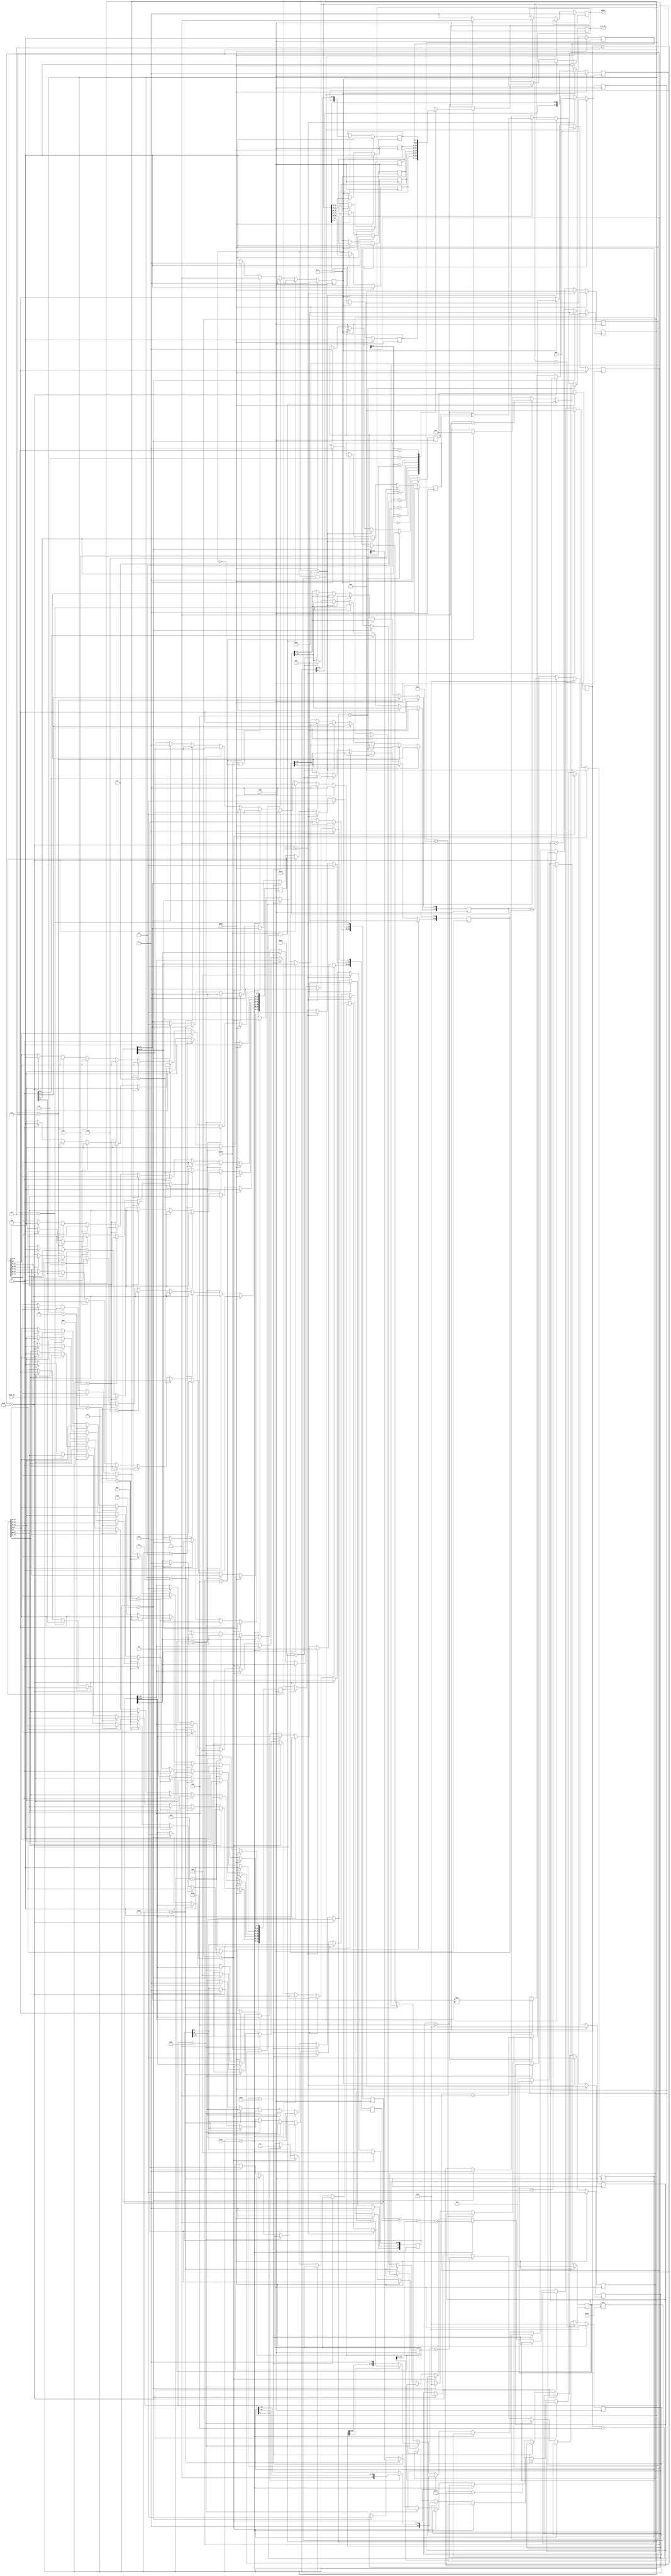
//------------------------------------------------------//
//- Digital IC Design 2021                              //
//-                                                     //
//- Final Project: FP_MUL                               //
//------------------------------------------------------//
`timescale 1ns/10ps

//cadence translate_off
//cadence translate_on

module FP_MUL(CLK, RESET, ENABLE, DATA_IN, DATA_OUT, READY);

//Parameter
parameter n_stage=22;
parameter fp_latency=46;//fp_latency= 2*n_stage -1 + 3(operate Z_frac_final times)
// I/O Ports
input         CLK; //clock signal
input         RESET; //sync. RESET=1
input         ENABLE; //input data sequence when ENABLE =1
input   [7:0] DATA_IN; //input data sequence
output  [7:0] DATA_OUT; //ouput data sequence
output        READY; //output data is READY when READY=1

reg           READY;
reg     [4:0] counter_in;
reg           in_data_rdy;
reg     [7:0] output_Z [0:7];
reg     [7:0] DATA_OUT;
reg     [3:0] counter_out;
reg		[6:0] counter_self;
reg 	 	  A_sign,B_sign,Z_sign;
reg		[10:0]A_expo,B_expo;
reg		[11:0]AB_expo,Z_expo;
reg		[51:0]A_frac,B_frac;
reg		[54:0]A_frac_temp,B_frac_temp;
wire	[103:0]mult_AB_frac;
reg  	[103:0]AB_frac_temp; //
reg  	[54:0]AB_frac;//
reg		[54:0]one_temp;
reg		[54:0]Z_frac;
reg		[54:0]Z_frac_norm1;
reg 	[54:0]Z_frac_norm1_temp;
reg		[51:0]Z_frac_final;
reg    	[1:0]carry;

integer       fp_count;
integer       i;

//CW_mult_n_stage #(52, 52, n_stage) u1 ( .A(A_frac), .B(B_frac), .TC(1'd0), .CLK (CLK), .Z(mult_AB_frac));

//Latch input data sequence
always@(posedge CLK)
begin
	if(RESET) begin
    	counter_in <= 0;
 	end 
	else if (ENABLE && (counter_in < 5'd8) ) begin
    	counter_in <= counter_in + 1'b1;  
 	end 
	else if (ENABLE && (counter_in < 5'd15) ) begin
    	counter_in <= counter_in + 1'b1;
 	end 
	else if (counter_out == 4'd8) begin //When output is completed, in_data_rdy=0;
     	counter_in <= 0;     
	end
end

always@(posedge CLK)
begin
	if(RESET)
		counter_self <= 7'd0;
	else if(counter_self == (26 + fp_latency))
		counter_self <= 7'd0;
	else
		counter_self <= counter_self + 7'd1;
end

always@(posedge CLK)
begin
	if(RESET)begin
		A_sign <= 1'd0;
		B_sign <= 1'd0;
		Z_sign <= 1'd0;
	end else if(counter_self == 8) begin
		A_sign <= DATA_IN[7];
	end else if(counter_self == 16) begin
		B_sign <= DATA_IN[7];
	end else if(counter_self == 17) begin
		Z_sign <= A_sign ^ B_sign;
	end else if(counter_self == (26 + fp_latency))begin
		A_sign <= 1'd0;
		B_sign <= 1'd0;
		Z_sign <= 1'd0;
	end else begin
		A_sign <= A_sign;
		B_sign <= B_sign;
		Z_sign <= Z_sign;
	end
end

always@(posedge CLK)
begin
	if(RESET)begin
		A_expo <= 11'd0;
		B_expo <= 11'd0;
	end else if(counter_self == 7) begin
		A_expo[3:0] <= DATA_IN[7:4];
	end else if(counter_self == 8) begin
		A_expo[10:4] <= DATA_IN[6:0];
	end else if(counter_self == 15) begin
		B_expo[3:0] <= DATA_IN[7:4];
	end else if(counter_self == 16) begin
		B_expo[10:4] <= DATA_IN[6:0];
	end else if(counter_self == (17 + fp_latency))begin
		A_expo <= 11'd0;
		B_expo <= 11'd0;
	end else begin
		A_expo <= A_expo;
		B_expo <= B_expo;
	end
end	

always@(posedge CLK)
begin
	if(RESET)begin
		AB_expo <= 12'd0;
		Z_expo  <= 12'd0;
	end else if(counter_self < 16 ) begin
		AB_expo <= 12'd0;
		Z_expo  <= 12'd0;
	end else if(counter_self == (15 + n_stage + n_stage)) begin
		AB_expo <= A_expo + B_expo;
	end else if(counter_self == (15 + n_stage + n_stage + 1)) begin
			Z_expo <= AB_expo - 1023;
	end else if(counter_self == (16 + fp_latency))begin
			Z_expo <= Z_expo + carry ;
	end else if(counter_self == (26 + fp_latency))begin
		AB_expo <= 12'd0;
		Z_expo  <= 12'd0;
	end else begin
		AB_expo <= AB_expo;
		Z_expo  <= Z_expo;
	end
end
		
always@(posedge CLK)
begin
	if(RESET)begin
		A_frac <= 52'd0;
	end else if(counter_self == 1) begin
		A_frac[7:0] <= DATA_IN;
	end else if(counter_self == 2) begin
		A_frac[15:8] <= DATA_IN;
	end else if(counter_self == 3) begin
		A_frac[23:16] <= DATA_IN;
	end else if(counter_self == 4) begin
		A_frac[31:24] <= DATA_IN;
	end else if(counter_self == 5) begin
		A_frac[39:32] <= DATA_IN;
	end else if(counter_self == 6) begin
		A_frac[47:40] <= DATA_IN;
	end else if(counter_self == 7) begin
		A_frac[51:48] <= DATA_IN[3:0];
	end else if(counter_self == (15 + n_stage))begin
		A_frac <= 52'd0;
	end else begin
		A_frac <= A_frac;
	end
end	

always@(posedge CLK)
begin
	if(RESET)begin
		B_frac <= 52'd0;
	end else if(counter_self == 9) begin
		B_frac[7:0] <= DATA_IN;
	end else if(counter_self == 10) begin
		B_frac[15:8] <= DATA_IN;
	end else if(counter_self == 11) begin
		B_frac[23:16] <= DATA_IN;
	end else if(counter_self == 12) begin
		B_frac[31:24] <= DATA_IN;
	end else if(counter_self == 13) begin
		B_frac[39:32] <= DATA_IN;
	end else if(counter_self == 14) begin
		B_frac[47:40] <= DATA_IN;
	end else if(counter_self == 15) begin
		B_frac[51:48] <= DATA_IN[3:0];
	end else if(counter_self == (15 + n_stage))begin
		B_frac <= 52'd0;
	end else begin
		B_frac <= B_frac;
	end
end	

always@(posedge CLK)
begin
	if(RESET)begin
		A_frac_temp <= 55'd0;
		B_frac_temp <= 55'd0;
		AB_frac_temp <= 104'd0;
		AB_frac 	<= 55'd0;
		one_temp	<= 55'd0;
		Z_frac  	<= 55'd0;
		Z_frac_norm1 <= 55'd0;
		Z_frac_norm1_temp <= 55'd0;
		Z_frac_final <= 52'd0;
		carry <= 2'd0;
	end else if(counter_self <= (14 + n_stage)) begin
		A_frac_temp <= 55'd0;
		B_frac_temp <= 55'd0;
		AB_frac_temp <= 104'd0;
		AB_frac 	<= 55'd0;
		one_temp	<= 55'd0;
		Z_frac  	<= 55'd0;
		Z_frac_norm1 <= 55'd0;
		Z_frac_norm1_temp <= 55'd0;
		Z_frac_final <= 52'd0;
		carry <= 2'd0;
	end else if(counter_self == (15 + n_stage)) begin
			A_frac_temp[52:1] <= A_frac;
			B_frac_temp[52:1] <= B_frac;
	end else if(counter_self == (13 + n_stage + n_stage)) begin
			AB_frac_temp <= A_frac_temp[52:1] * B_frac_temp[52:1];
			one_temp[53] <= 1'd1;
	end else if(counter_self == (14 + n_stage + n_stage))begin
			Z_frac <= A_frac_temp + B_frac_temp + AB_frac_temp[103:51] + one_temp;
	end else if(counter_self == (14 + n_stage + n_stage + 1))begin
		if(Z_frac[54] == 1'd1)begin
			Z_frac_norm1 <= Z_frac >> 1;
			carry <= 2'd1;
		end else begin
			Z_frac_norm1 <= Z_frac;
		end
	end else if(counter_self == (14 + n_stage + n_stage + 2))begin
		if(Z_frac_norm1[0] == 1'd1)
			Z_frac_norm1_temp <= Z_frac_norm1 + 1'd1;
		else
			Z_frac_norm1_temp <= Z_frac_norm1;
	end else if(counter_self == (14 + n_stage + n_stage + 3))begin
			Z_frac_final <= Z_frac_norm1_temp[52:1];
	end else if(counter_self == (26 + fp_latency))begin
		A_frac_temp <= 55'd0;
		B_frac_temp <= 55'd0;
		AB_frac 	<= 55'd0;
		one_temp	<= 55'd0;
		Z_frac  	<= 55'd0;
		Z_frac_norm1 <= 55'd0;
		Z_frac_norm1_temp <= 55'd0;
		Z_frac_final <= 52'd0;
		carry <= 2'd0;
	end else begin
		A_frac_temp <= A_frac_temp;
		B_frac_temp <= B_frac_temp;
		AB_frac 	<= AB_frac;
		one_temp	<= one_temp;
		Z_frac  	<= Z_frac;
		Z_frac_norm1 <= Z_frac_norm1;
		Z_frac_norm1_temp <= Z_frac_norm1_temp;
		Z_frac_final <= Z_frac_final;
		carry <= carry;
	end
end

always@(posedge CLK)
begin
	if(RESET)
		for(i=0; i <= 7; i=i+1) output_Z[i] <= 0;
	else if(in_data_rdy)begin
		output_Z[7] <= {Z_sign,Z_expo[10:4]};
		output_Z[6] <= {Z_expo[3:0],Z_frac_final[51:48]};
		output_Z[5] <= Z_frac_final[47:40];
		output_Z[4] <= Z_frac_final[39:32];
		output_Z[3] <= Z_frac_final[31:24];
		output_Z[2] <= Z_frac_final[23:16];
		output_Z[1] <= Z_frac_final[15:8];
		output_Z[0] <= Z_frac_final[7:0];
	end else begin
		for(i=0; i <= 7; i=i+1) output_Z[i] <= output_Z[i];
	end
end

always@(posedge CLK)
begin
	if(RESET)
     in_data_rdy <= 1'b0;
  	else if (ENABLE && (counter_in < 5'd8) )
     in_data_rdy <= 1'b0;
  	else if (ENABLE && (counter_in < 5'd15))
     in_data_rdy <= 1'b0;
  	else if (ENABLE && !in_data_rdy) //Last input received, in_data_rdy=1
     in_data_rdy <= 1'b1;
  	else if (counter_out == 4'd8)//When output is completed, in_data_rdy=0;
     in_data_rdy <= 1'b0;   
end

//Output Control
always@(posedge CLK)
begin
  if(RESET) begin
     fp_count <= 0;
     READY <= 0;
     DATA_OUT <= 0;
     counter_out <= 0;
  end else if (in_data_rdy && (fp_count != fp_latency)) begin
     fp_count <= fp_count + 1'b1;
  end else if (in_data_rdy) begin //input is ready
        
     if(counter_out < 4'd8) begin
        DATA_OUT <= output_Z[counter_out];
        counter_out <= counter_out + 1'b1;
        READY <= 1'b1;
     end else begin
        READY <= 1'b0;
     end

  end else begin
     counter_out <= 0;
     fp_count <= 0;
  end
end

endmodule